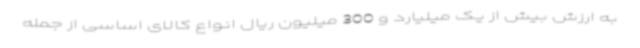
به ارزش بیش از یک میلیارد و 300 میلیون ریال انواع کالای اساسی از جمله